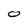
Character: 0